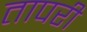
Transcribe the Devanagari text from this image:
तापरी